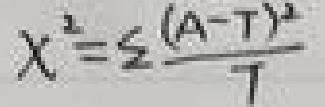
\(X^{2}=\sum \frac{(A - T)^{2}}{T}\)